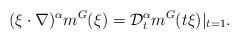
LaTeX: \begin{align*}(\xi\cdot\nabla)^{\alpha}m^G(\xi)=\mathcal D_t^{\alpha}m^G(t\xi)|_{t=1}.\end{align*}